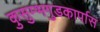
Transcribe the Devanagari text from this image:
कुसुम्भगुडकार्पास